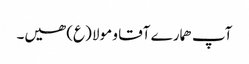
آپ ھمارے آقا و مولا (ع) ھیں۔